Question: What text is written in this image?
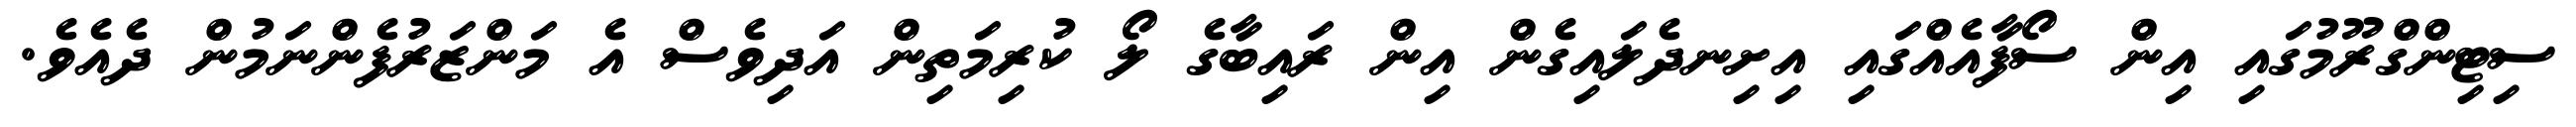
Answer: ސިޓިންގްރޫމުގައި އިން ސޯފާއެއްގައި އިށިނދެލައިގެން އިން ރައިބާގެ ލޯ ކުރިމަތިން އަދިވެސް އެ މަންޒަރުފެންނަމުން ދެއެވެ.